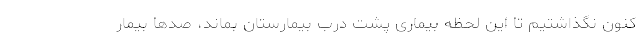
کنون نگذاشتیم تا این لحظه بیماری پشت درب بیمارستان بماند، صدها بیمار